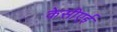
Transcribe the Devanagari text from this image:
केसीएई